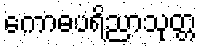
ကောဓပရိညာသုတ္တ